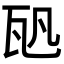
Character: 𤬨